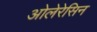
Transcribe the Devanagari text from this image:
ओलेरेसिन